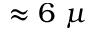
\approx 6 ~ \mu